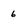
Character: 6